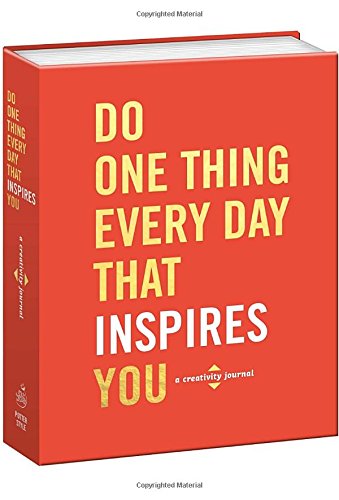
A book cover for Do One Thing Every Day That Inspires You: A Creativity Journal; Robie Rogge; Arts & Photography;